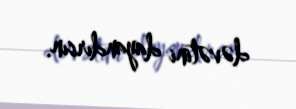
dəvətini dayandırsın.